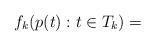
LaTeX: \begin{align*}f_k(p(t): t \in T_k) = \end{align*}